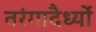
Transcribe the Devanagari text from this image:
तरंगादैर्ध्यों